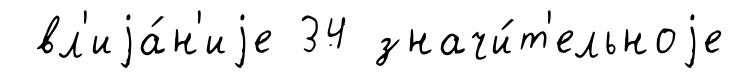
вл'иjа́н'иjе 34 значи́т'ельноjе